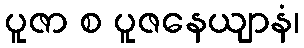
ပူဇာ စ ပူဇနေယျာနံ၊